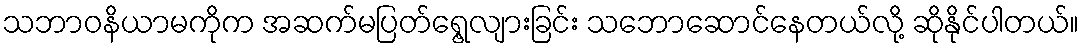
သဘာဝနိယာမကိုက အဆက်မပြတ်ရွေ့လျားခြင်း သဘောဆောင်နေတယ်လို့ ဆိုနိုင်ပါတယ်။